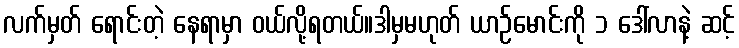
လက်မှတ် ရောင်းတဲ့ နေရာမှာ ဝယ်လို့ရတယ်။ဒါမှမဟုတ် ယာဉ်မောင်းကို ၁ ဒေါ်လာနဲ့ ဆင့်